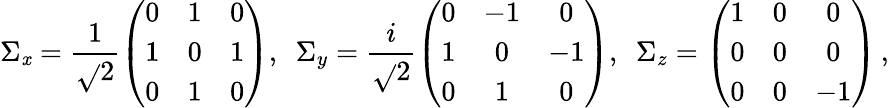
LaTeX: \Sigma_{\mathit{x}}=\frac{{1}}{{\sqrt{}{{2}}}}\left(\begin{array}{ccc}{0}&{1}&{0}\\ {1}&{0}&{1}\\ {0}&{1}&{0}\end{array}\right),\ \ \Sigma_{y}=\frac{{i}}{{\sqrt{}{{2}}}}\left(\begin{array}{ccc}{0}&{-1}&{0}\\ {1}&{0}&{-1}\\ {0}&{1}&{0}\end{array}\right),\ \ \Sigma_{z}=\left(\begin{array}{ccc}{1}&{0}&{0}\\ {0}&{0}&{0}\\ {0}&{0}&{-1}\end{array}\right)\, ,